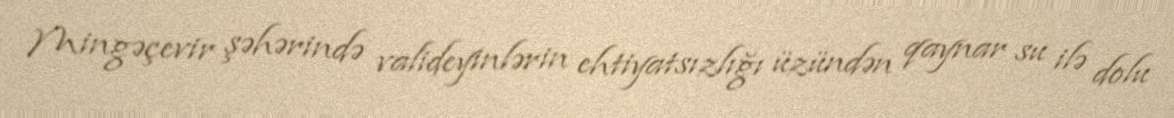
Mingəçevir şəhərində valideyinlərin ehtiyatsızlığı üzündən qaynar su ilə dolu